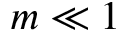
m \ll 1